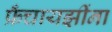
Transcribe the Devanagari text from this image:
फ्रँचायझींना